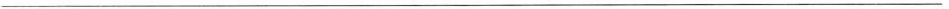
___